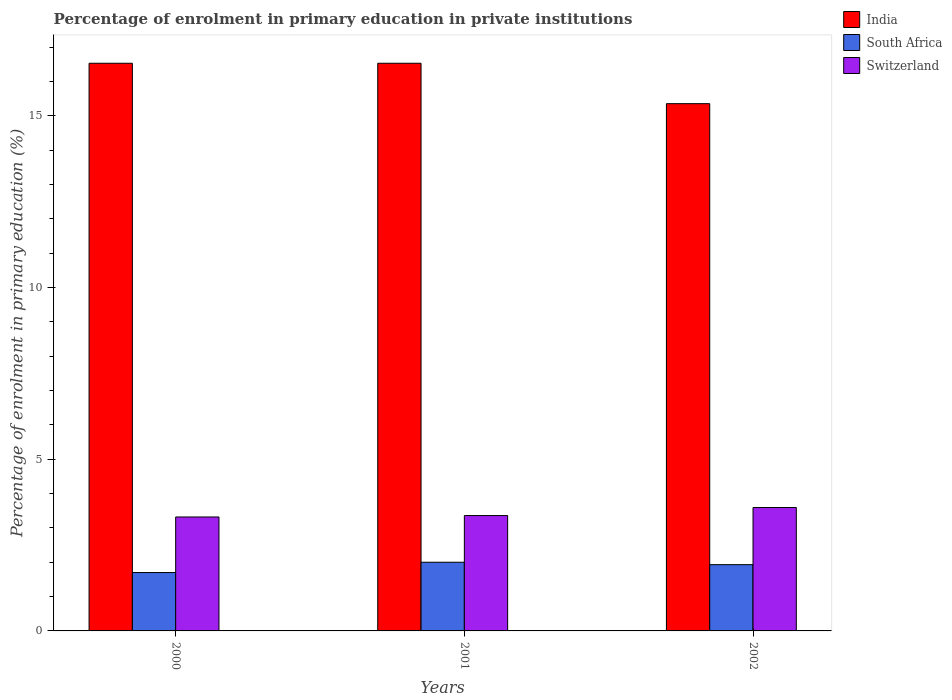
| Years | India | South Africa | Switzerland |
 | --- | --- | --- | --- |
 | 2000 | 16.5 | 1.7 | 3.32 |
 | 2001 | 16.5 | 2 | 3.36 |
 | 2002 | 15.4 | 1.93 | 3.59 |